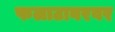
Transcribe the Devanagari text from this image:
फलाटावरवर